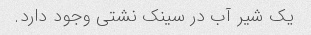
یک شیر آب در سینک نشتی وجود دارد.